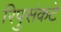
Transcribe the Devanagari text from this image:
रिपुसंकटे